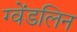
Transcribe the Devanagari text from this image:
ग्वेंडलिन